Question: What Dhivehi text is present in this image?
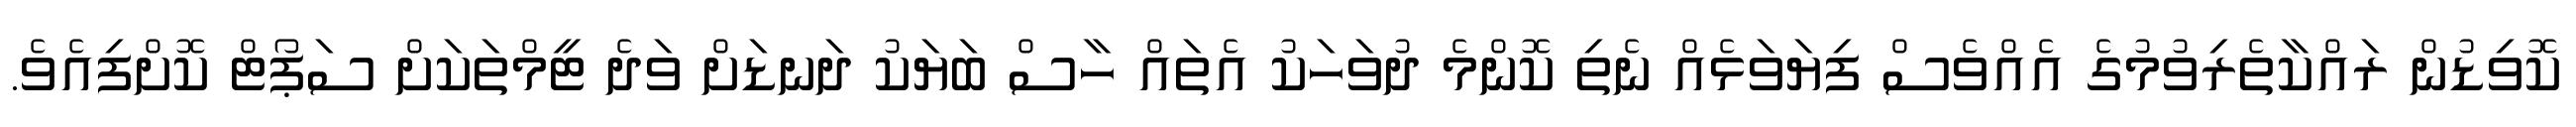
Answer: ކޮވިޑުން ރައްކާތެރިވުމުގެ އެއްވެސް ފިޔަވަޅެއް ނެތި ކޮންމެ ދުވަހަކު އެތައް ހާސް ބަޔަކު ދަނޑަށް ވަދެ ޓީމްތަކަށް ސަޕޯޓް ކޮށްފިއެވެ.